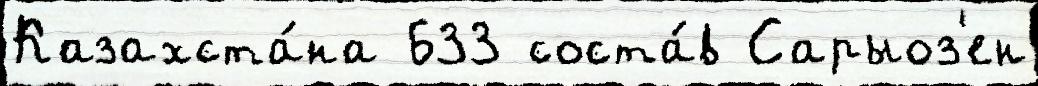
Казахста́на 633 соста́в Сарыоз'ен